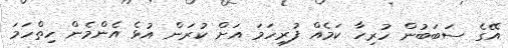
އޭގެ ސަބަބުން ހުރިހާ ކަމެެއް ފުރިހަމަ އަށް ކުރަން އުޅެ އެންމެން ހިތްހަމަ